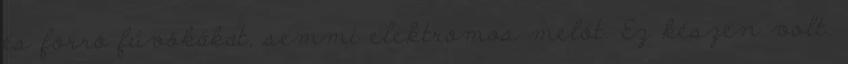
és forró fúvókákat, semmi elektromos melót. Ez készen volt.